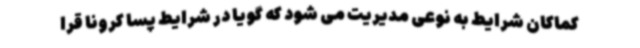
کماکان شرایط به نوعی مدیریت می شود که گویا در شرایط پسا کرونا قرا